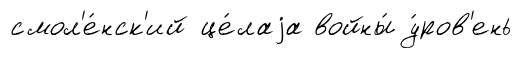
смол'е́нск'ий це́лаjа войны́ у́ров'ень